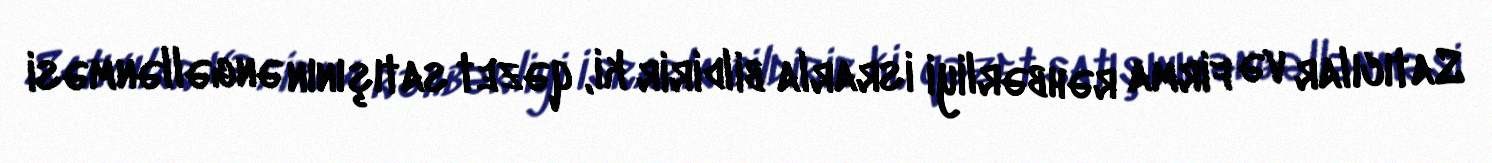
Satıcılar və firma rəhbərliyi israrla bildirir ki, qəzet satışının əngəllənməsi